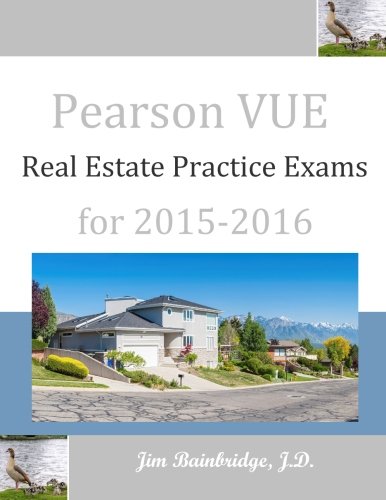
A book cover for Pearson VUE Real Estate Practice Exams for 2015-2016; Jim Bainbridge J.D.; Business & Money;